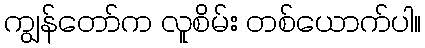
ကျွန်တော်က လူစိမ်း တစ်ယောက်ပါ။